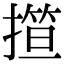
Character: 𢴈